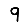
Digit: 9